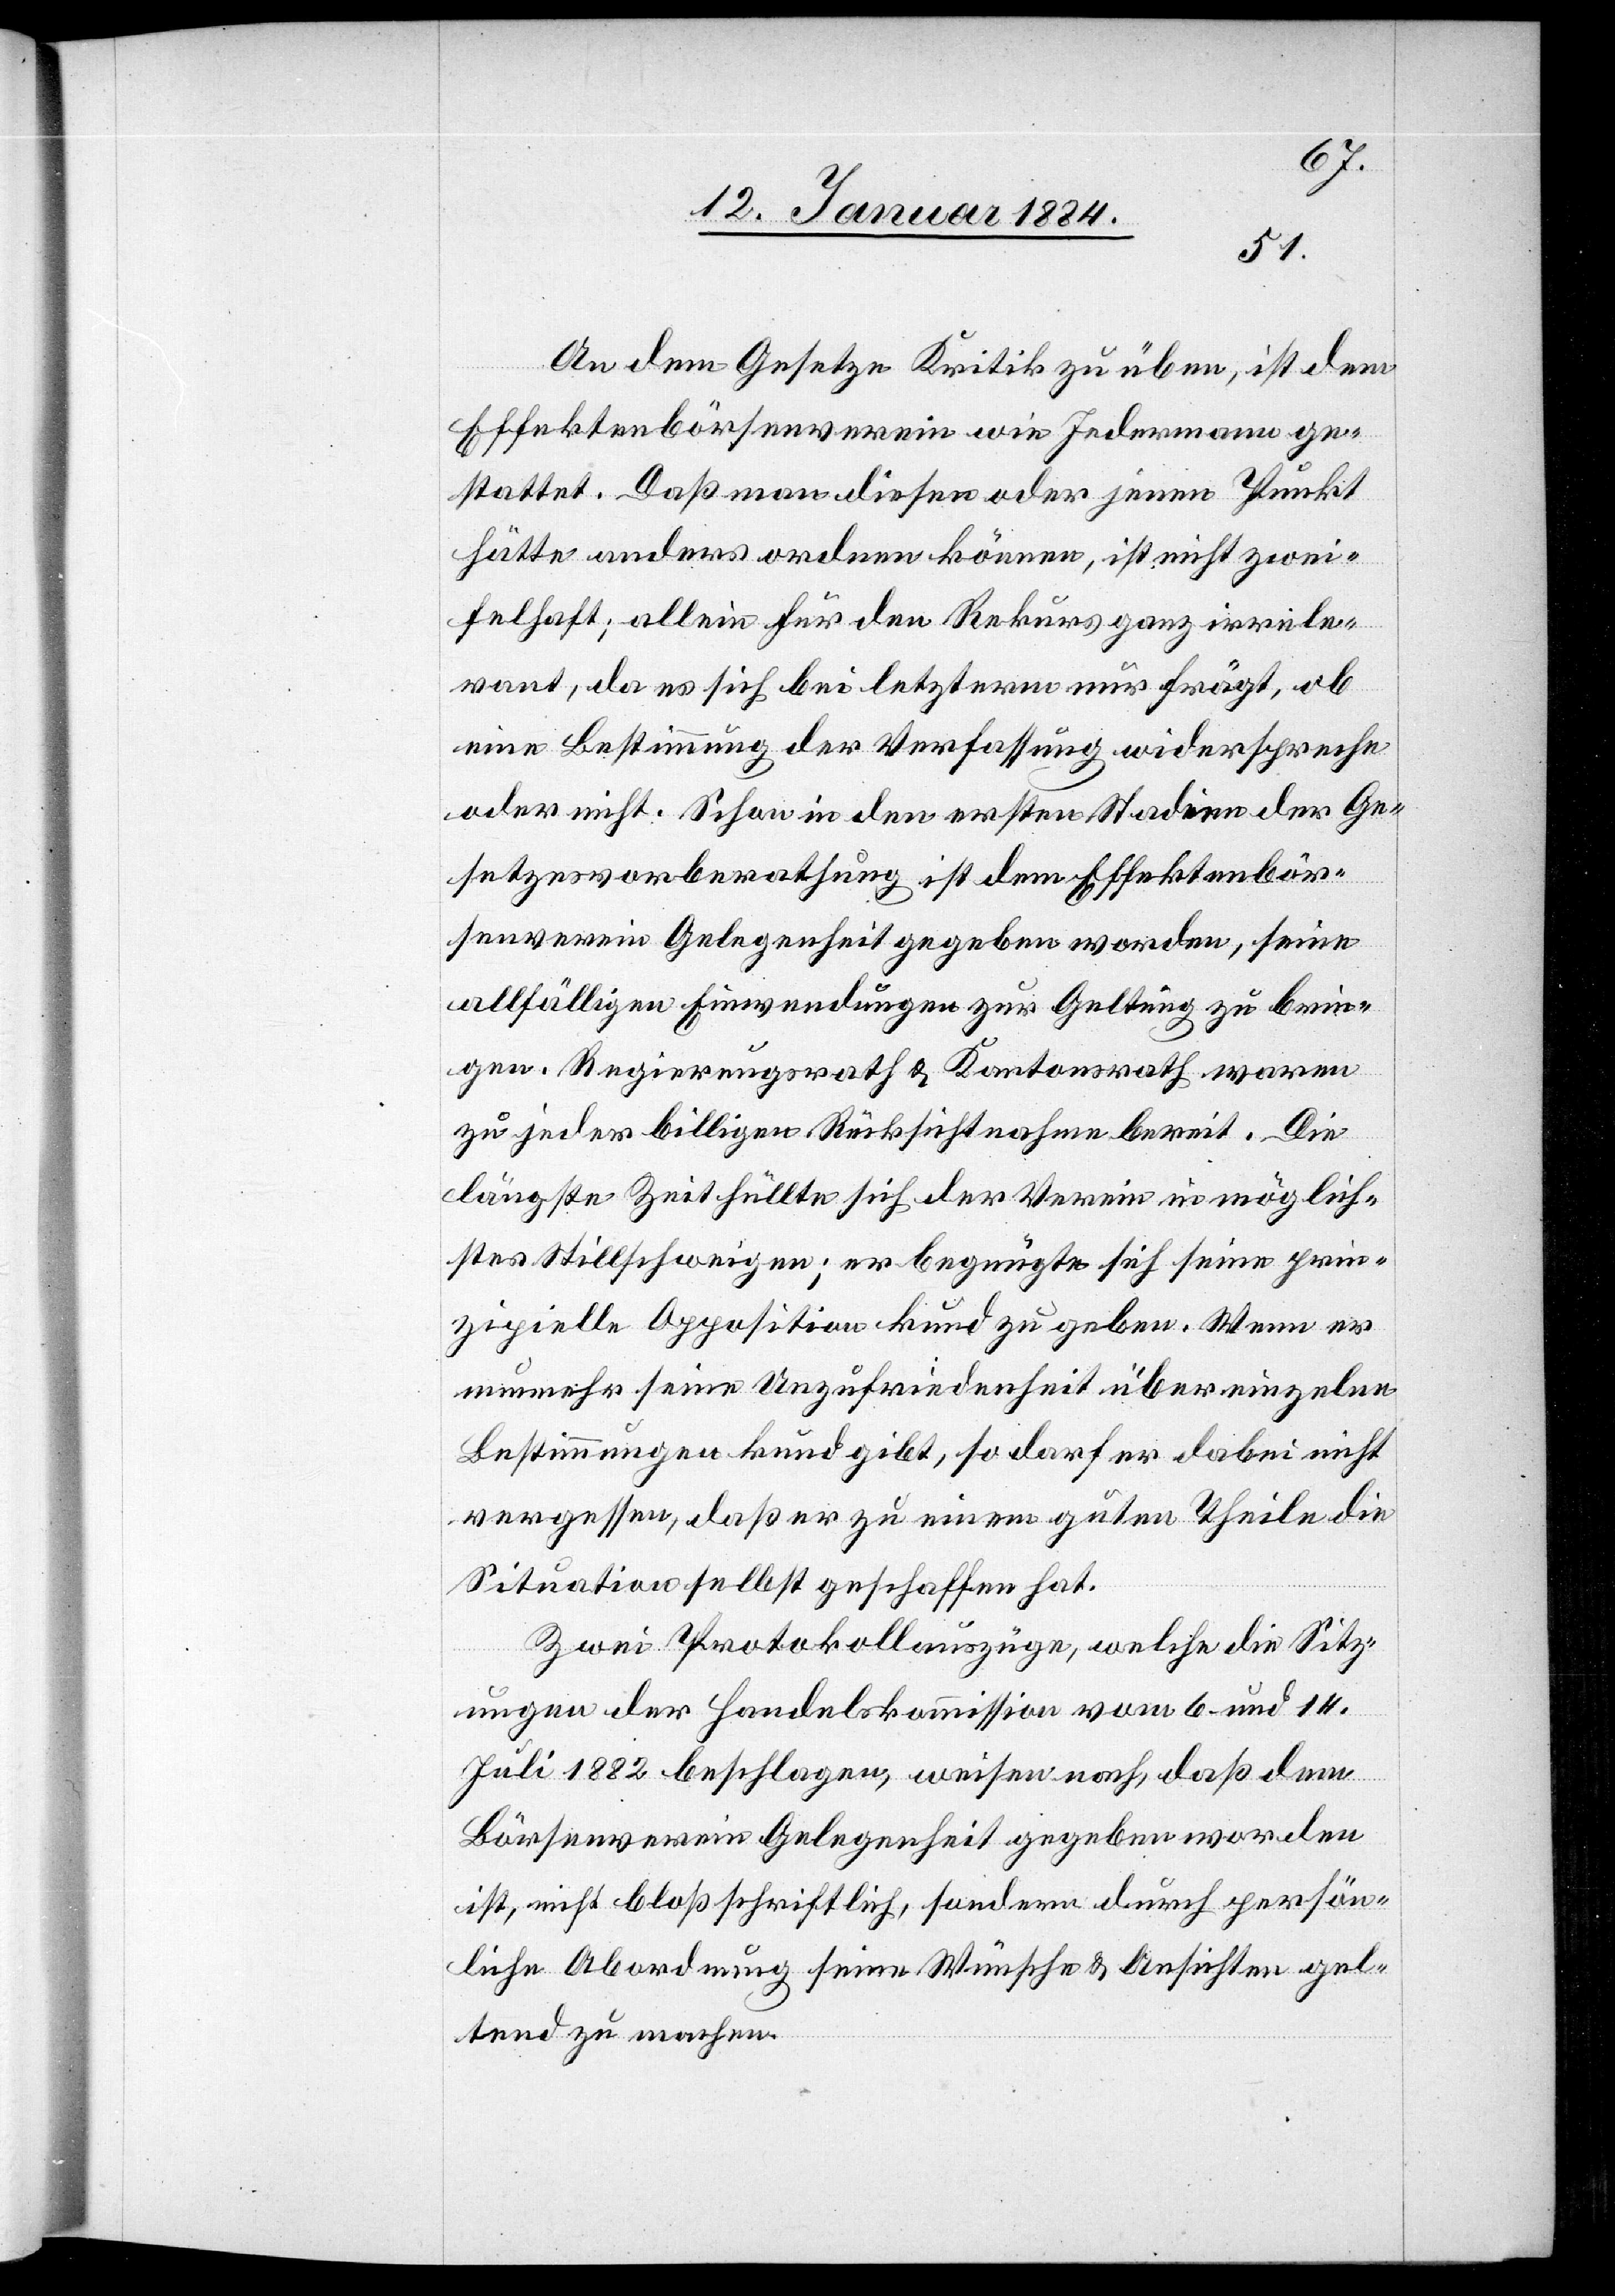
An dem Gesetze Kritik zu übern, ist dem
Effektenbörsenverein wie Jedermann ge¬
stattet. Daß man diesen oder jenen Punkt
hätte anders ordnen können, ist nicht zwei¬
felhaft; allein für den Rekurs ganz irrele¬
vant, da es sich bei letzterem nur frägt, ob
eine Bestimmung der Verfassung widerspreche
oder nicht. Schon in den ersten Stadien der Ge¬
setzesvorberathung ist dem Effektenbör¬
senverein Gelegenheit gegeben worden, seine
allfälligen Einwendungen zur Geltung zu brin¬
gen. Regierungsrath & Kantonsrath waren
zu jeder billigen Rücksichtnahme bereit. Die
längste Zeit hüllte sich der Verein in möglich¬
stes Stillschweigen; er begnügte sich seine prin¬
zipielle Apposition Kund zu geben. Wenn er
nunmehr seine Unzufriedenheit über einzelne
Bestimmungen Kund gibt, so darf er dabei nicht
vergessen, daß er zu einem guten Theile die
Situation selbst geschaffen hat.
Zwei Protokollauszüge, welche die Sitz¬
ungen der Handelskommission vom 6 und 14.
Juli 1882 beschlagen, weisen nach, daß dem
Börsenverein Gelegenheit gegeben worden
ist, nicht bloß schriftlich, sondern durch persön¬
liche Abordnung seine Wünsche & Ansichten gel¬
tend zu machen.